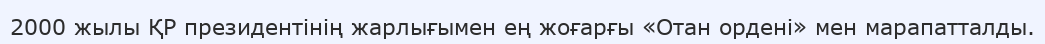
2000 жылы ҚР президентінің жарлығымен ең жоғарғы «Отан ордені» мен марапатталды.